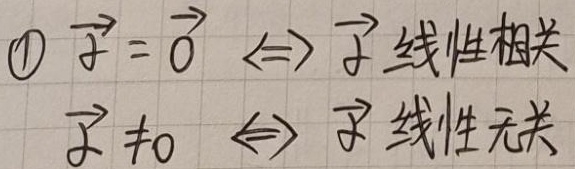
\(1\) $\vec{\alpha}=\vec{0} \Leftrightarrow \vec{\alpha}$ 线性相关，$\vec{\alpha} \neq \vec{0} \Leftrightarrow \vec{\alpha}$ 线性无关